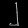
Digit: ၂